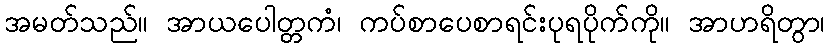
အမတ်သည်။ အာယပေါတ္တကံ၊ ကပ်စာပေစာရင်းပုရပိုက်ကို။ အာဟရိတွာ၊